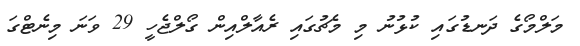
މަލްމޯގެ ދަނޑުގައި ކުޅުނު މި މެޗުގައި ރެއާލްއިން ގޯލްޖެހީ 29 ވަނަ މިނެޓްގަ